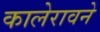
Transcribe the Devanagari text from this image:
कालेरावने